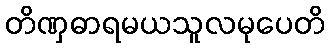
တိဏှဓာရမယသူလမုပေတိ